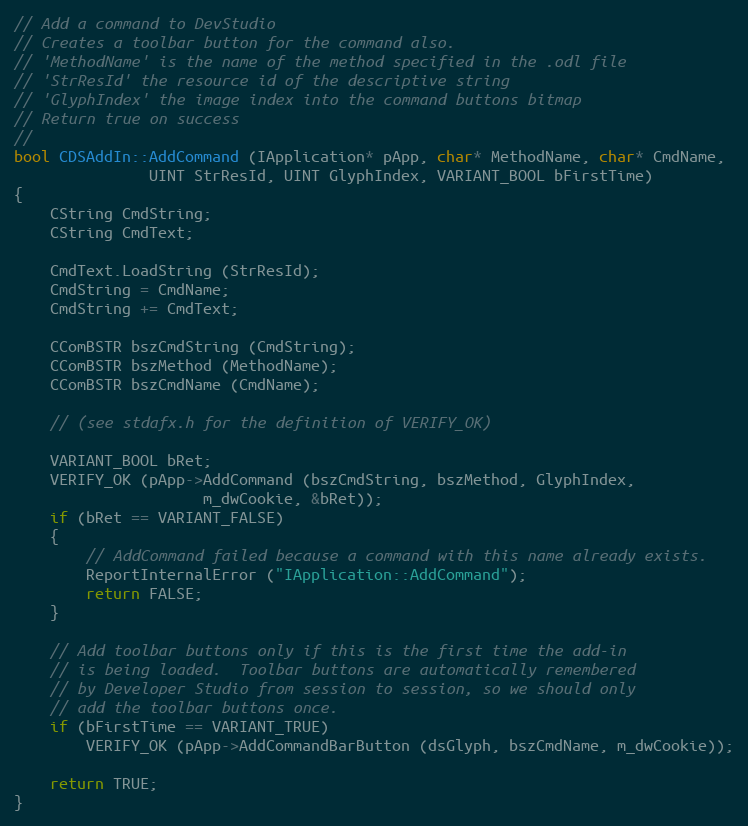
Language: C++
// Add a command to DevStudio
// Creates a toolbar button for the command also.
// 'MethodName' is the name of the method specified in the .odl file
// 'StrResId' the resource id of the descriptive string
// 'GlyphIndex' the image index into the command buttons bitmap
// Return true on success
//
bool CDSAddIn::AddCommand (IApplication* pApp, char* MethodName, char* CmdName,
			   UINT StrResId, UINT GlyphIndex, VARIANT_BOOL bFirstTime)
{
	CString CmdString;
	CString CmdText;

	CmdText.LoadString (StrResId);
	CmdString = CmdName;
	CmdString += CmdText;

	CComBSTR bszCmdString (CmdString);
	CComBSTR bszMethod (MethodName);
	CComBSTR bszCmdName (CmdName);

	// (see stdafx.h for the definition of VERIFY_OK)

	VARIANT_BOOL bRet;
	VERIFY_OK (pApp->AddCommand (bszCmdString, bszMethod, GlyphIndex,
				     m_dwCookie, &bRet));
	if (bRet == VARIANT_FALSE)
	{
		// AddCommand failed because a command with this name already exists.
		ReportInternalError ("IApplication::AddCommand");
		return FALSE;
	}

	// Add toolbar buttons only if this is the first time the add-in
	// is being loaded.  Toolbar buttons are automatically remembered
	// by Developer Studio from session to session, so we should only
	// add the toolbar buttons once.
	if (bFirstTime == VARIANT_TRUE)
		VERIFY_OK (pApp->AddCommandBarButton (dsGlyph, bszCmdName, m_dwCookie));

	return TRUE;
}